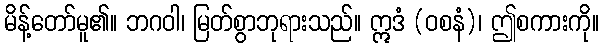
မိန့်တော်မူ၏။ ဘဂဝါ၊ မြတ်စွာဘုရားသည်။ ဣဒံ (ဝစနံ)၊ ဤစကားကို။